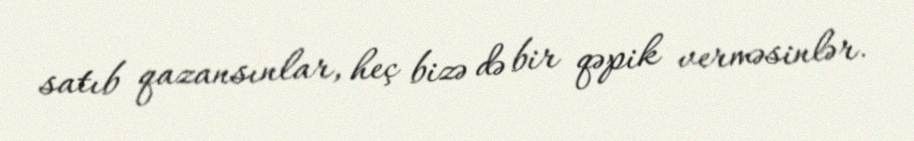
satıb qazansınlar, heç bizə də bir qəpik verməsinlər.